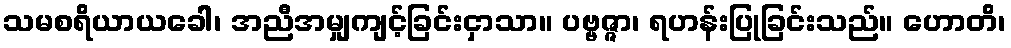
သမစရိယာယခေါ၊ အညီအမျှကျင့်ခြင်းငှာသာ။ ပဗ္ဗဇ္ဇာ၊ ရဟန်းပြုခြင်းသည်။ ဟောတိ၊